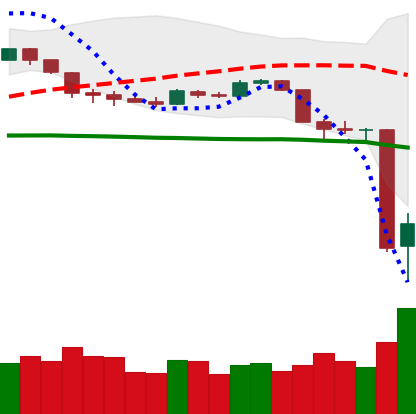
Ticker: BTC-USD
Chart end date: 2020-03-13
Forward return: -5.846%
Label: down_5_7